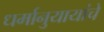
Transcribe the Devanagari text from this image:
धर्मानुयायांचे